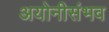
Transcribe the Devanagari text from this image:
अयोनीसंभव